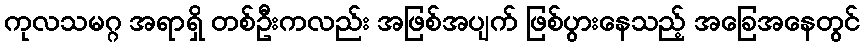
ကုလသမဂ္ဂ အရာရှိ တစ်ဦးကလည်း အဖြစ်အပျက် ဖြစ်ပွားနေသည့် အခြေအနေတွင်